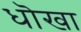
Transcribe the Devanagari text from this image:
धॊखा